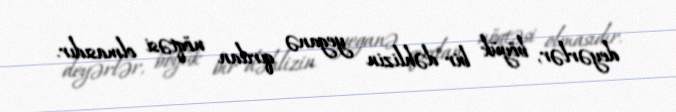
deyərlər, böyük bir dəhlizin yeganə qırılan nöqtəsi olmasıdır.